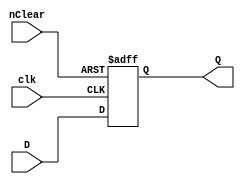
`timescale 1ns / 1ps

module d_ff_beh_c1 (clk, D, Q, nClear);
	input clk, D, nClear;
	output reg Q;
	
	always @(posedge clk or negedge nClear)
	begin
		if (~nClear) 
			Q=1;
		else 
			Q=D;
	end

endmodule